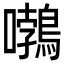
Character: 𡅂